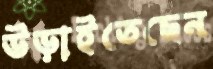
উড়াইতেছেন